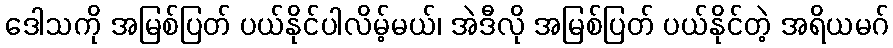
ဒေါသကို အမြစ်ပြတ် ပယ်နိုင်ပါလိမ့်မယ်၊ အဲဒီလို အမြစ်ပြတ် ပယ်နိုင်တဲ့ အရိယမဂ်